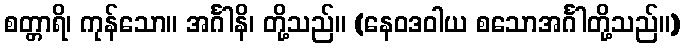
စတ္တာရိ၊ ကုန်သော။ အင်္ဂါနိ၊ တို့သည်။ (နေဝဒဝါယ စသောအင်္ဂါတို့သည်။)